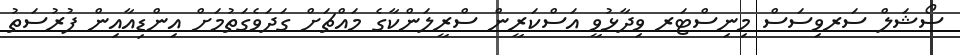
ސޯޝަލް ސަރވިސަސް މިނިސްޓަރ ވިދާޅުވީ އަސްކަރީން ސްރީލަންކާގެ މައްޗަށް ގަދަވެގަތުމަށް އިންޑިއާއިން ފުރުސަތު